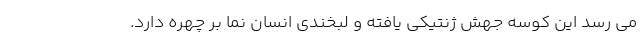
می رسد این کوسه جهش ژنتیکی یافته و لبخندی انسان نما بر چهره دارد.